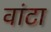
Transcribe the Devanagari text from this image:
वांटा